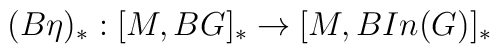
(B\eta)_{\ast} : [M, BG]_{\ast}\rightarrow [M, BIn(G)]_{\ast}